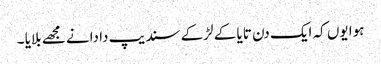
ہوا یوں کہ ایک دن تایا کے لڑکے سندیپ دا دانے مجھے بلایا ۔